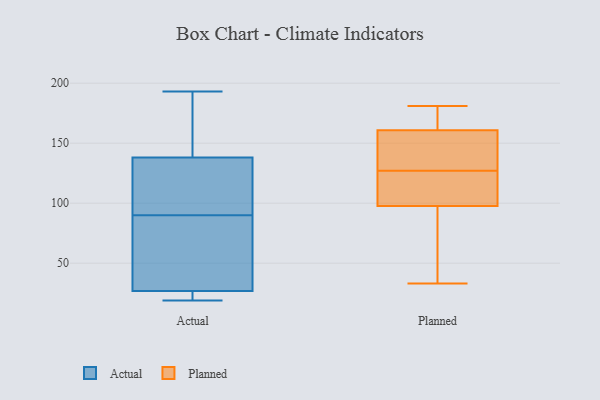
{"axis": {"x": "Energy Usage (MWh)", "y": "Value"}, "legend": ["Actual", "Planned"], "data": [{"x": "", "y": 88, "type": "Actual"}, {"x": "", "y": 172, "type": "Actual"}, {"x": "", "y": 20, "type": "Actual"}, {"x": "", "y": 141, "type": "Actual"}, {"x": "", "y": 58, "type": "Actual"}, {"x": "", "y": 27, "type": "Actual"}, {"x": "", "y": 95, "type": "Actual"}, {"x": "", "y": 48, "type": "Actual"}, {"x": "", "y": 138, "type": "Actual"}, {"x": "", "y": 19, "type": "Actual"}, {"x": "", "y": 138, "type": "Actual"}, {"x": "", "y": 26, "type": "Actual"}, {"x": "", "y": 129, "type": "Actual"}, {"x": "", "y": 90, "type": "Actual"}, {"x": "", "y": 25, "type": "Actual"}, {"x": "", "y": 111, "type": "Actual"}, {"x": "", "y": 193, "type": "Actual"}, {"x": "", "y": 106, "type": "Planned"}, {"x": "", "y": 33, "type": "Planned"}, {"x": "", "y": 72, "type": "Planned"}, {"x": "", "y": 148, "type": "Planned"}, {"x": "", "y": 127, "type": "Planned"}, {"x": "", "y": 177, "type": "Planned"}, {"x": "", "y": 133, "type": "Planned"}, {"x": "", "y": 121, "type": "Planned"}, {"x": "", "y": 101, "type": "Planned"}, {"x": "", "y": 181, "type": "Planned"}, {"x": "", "y": 88, "type": "Planned"}, {"x": "", "y": 160, "type": "Planned"}, {"x": "", "y": 163, "type": "Planned"}]}